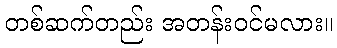
တစ်ဆက်တည်း အတန်းဝင်မလား။